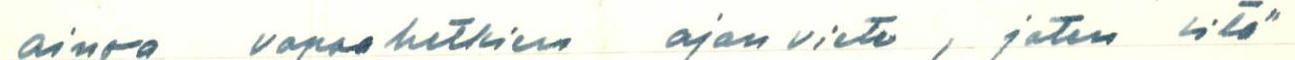
ainoa vapaahetkien ajan viete, joten sitä